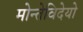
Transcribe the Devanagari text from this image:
मोन्तेविदेयो